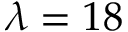
\lambda = 1 8